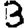
Digit: 3